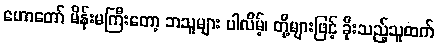
ဟောတော် မိန်းမကြီးတော့ ဘသူများ ပါလိမ့်၊ တို့များဖြင့် ခိုးသည့်သူထက်